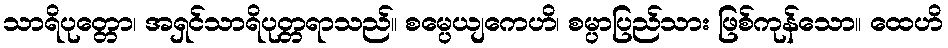
သာရိပုတ္တော၊ အရှင်သာရိပုတ္တရာသည်။ စမ္ပေယျကေဟိ၊ စမ္ပာပြည်သား ဖြစ်ကုန်သော။ ထေဟိ